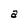
Character: a